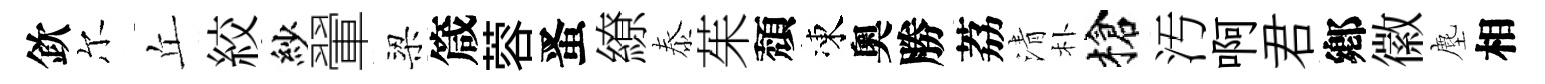
欽尔丘絞紗翬梁箴蓉󱉠繚泰茱頽凍奧勝荔清朴槍汚啊君鄕徽塵相